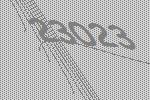
23023